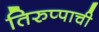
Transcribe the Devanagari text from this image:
तिरुप्पाची